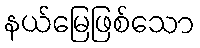
နယ်မြေဖြစ်သော